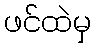
ဖင်ထဲမှ